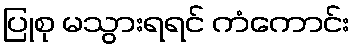
ပြုစု မသွားရရင် ကံကောင်း